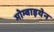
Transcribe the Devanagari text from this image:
मोम्बाइयेन